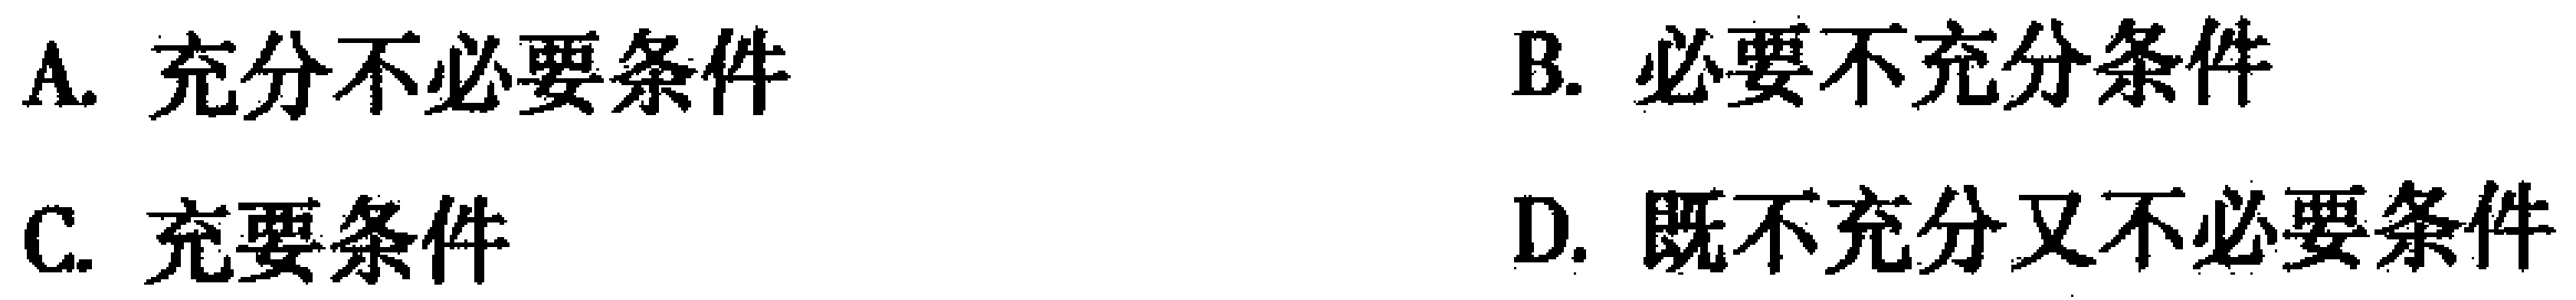
A. 充分不必要条件
B. 必要不充分条件
C. 充要条件
D. 既不充分又不必要条件